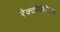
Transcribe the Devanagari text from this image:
रेक्टोवेसिकल